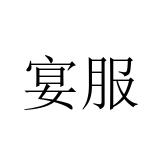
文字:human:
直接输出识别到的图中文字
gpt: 宴服